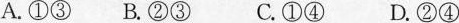
A.①③B.②③ C.①④ D.②④